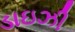
ડાઇઝી